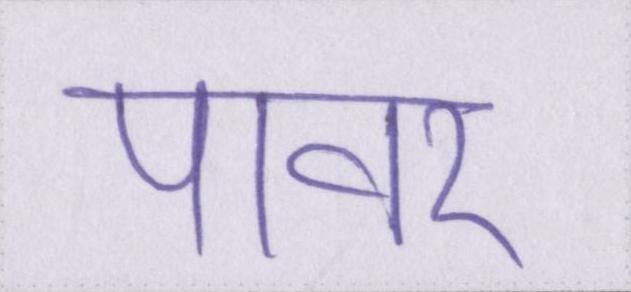
पावर